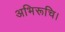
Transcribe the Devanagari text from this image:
अभिरूचि।